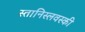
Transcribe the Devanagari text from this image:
स्तानिस्लवस्की